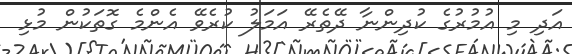
އަދި މި އުމުރުގެ ކުދިންނާ ދޭތެރޭ އަމަލު ކުރެވޭ އެންމެ ގޮތަކުން މުޅި